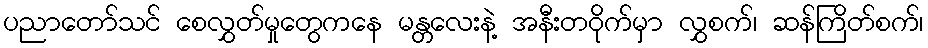
ပညာတော်သင် စေလွှတ်မှုတွေကနေ မန္တလေးနဲ့ အနီးတဝိုက်မှာ လွှစက်၊ ဆန်ကြိတ်စက်၊